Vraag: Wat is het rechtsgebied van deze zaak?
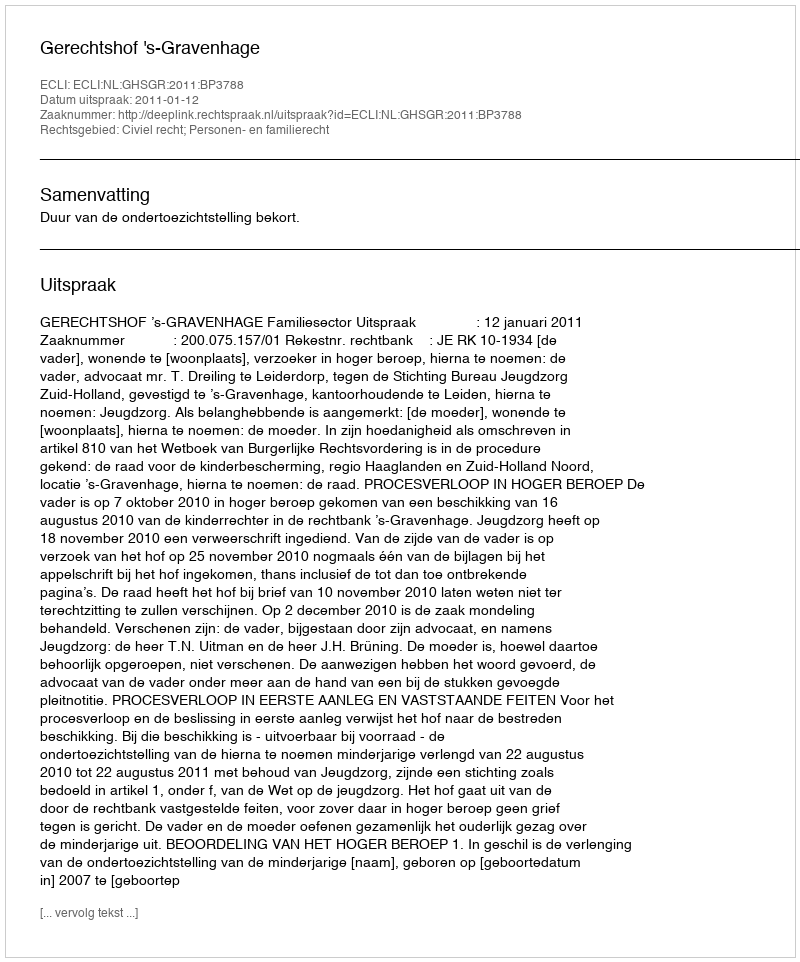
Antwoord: Civiel recht; Personen- en familierecht